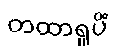
တထာရူပိံ